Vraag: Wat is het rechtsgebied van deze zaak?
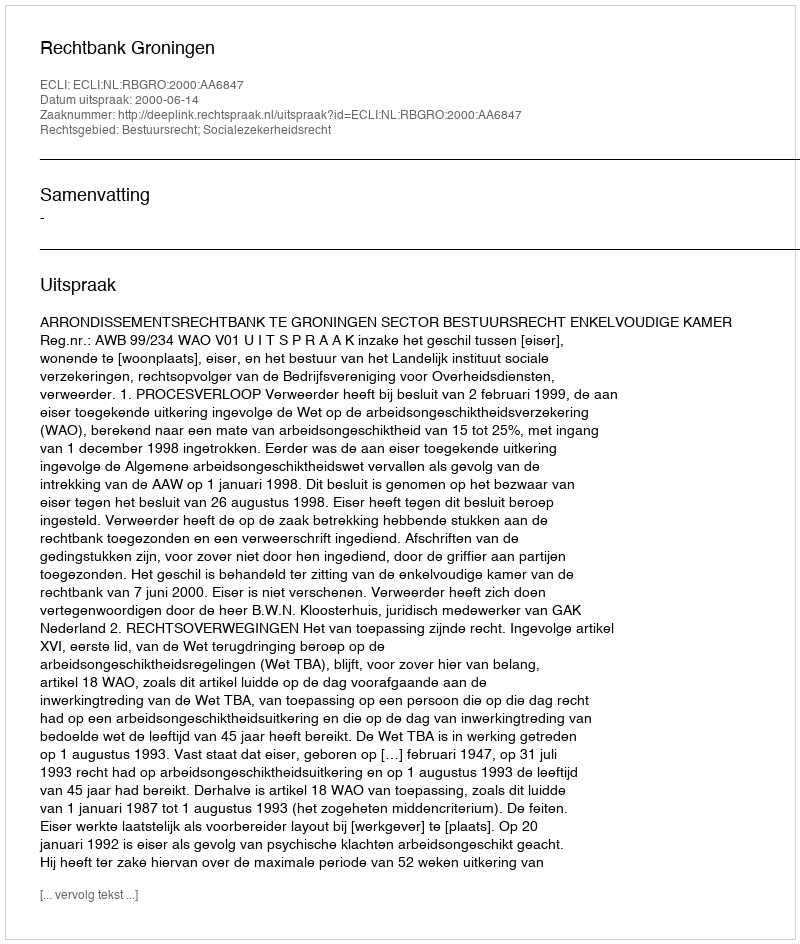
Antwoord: Bestuursrecht; Socialezekerheidsrecht